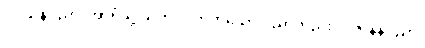
ပဝိသနပညာ၊ အာရုံသို့ သက်ဝင်တတ်သော ပညာတည်း။ ပဇာနနပညာ၊